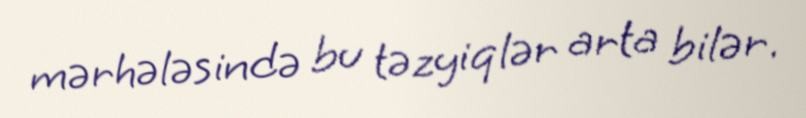
mərhələsində bu təzyiqlər arta bilər.